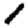
Digit: 1